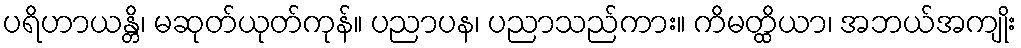
ပရိဟာယန္တိ၊ မဆုတ်ယုတ်ကုန်။ ပညာပန၊ ပညာသည်ကား။ ကိမတ္ထိယာ၊ အဘယ်အကျိုး